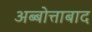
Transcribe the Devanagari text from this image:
अब्बोत्ताबाद